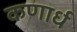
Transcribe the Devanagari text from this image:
कणार्ध